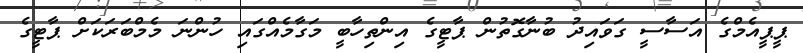
ޕީޕީއެމްގެ އަސާސީ ގަވައިދު ބުނާގޮތުން ޕާޓީގެ އިންތިހާބީ މަގާމެއްގައި ހުންނަ މެމްބަރަކަށް ޕާޓީގެ